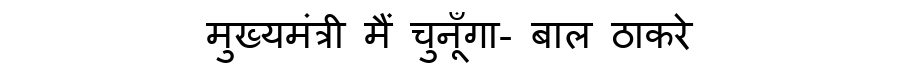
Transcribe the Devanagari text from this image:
मुख्यमंत्री मैं चुनूँगा- बाल ठाकरे